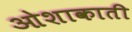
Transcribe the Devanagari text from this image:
ओशाकाती